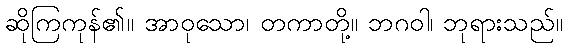
ဆိုကြကုန်၏။ အာဝုသော၊ တကာတို့။ ဘဂဝါ၊ ဘုရားသည်။